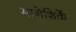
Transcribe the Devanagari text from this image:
मानेशिर्के